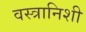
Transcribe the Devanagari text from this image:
वस्त्रानिशी